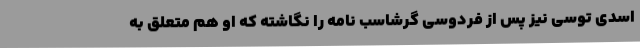
اسدی توسی نیز پس از فردوسی گرشاسب نامه را نگاشته که او هم متعلق به